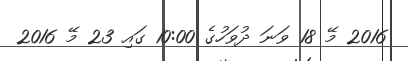
2016 މޭ 18 ވަނަ ދުވަހުގެ 10:00 ގައި 23 މޭ 2016